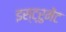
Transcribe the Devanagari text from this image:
इस्ट्रुमेंट